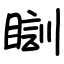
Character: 瞓